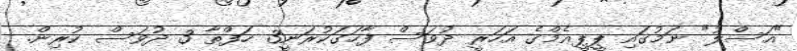
"އަސްލު" ނަމުގައި ޕީޕީއެމްގެ އަހަރީ ދުވަސް ފާހަގަކުރަނީ3 ހަފްތާ 3 ދުވަސް ކުރިން.